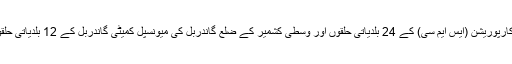
ذرائع کے مطابق سری نگر میونسپل کارپوریشن (ایس ایم سی) کے 24 بلدیاتی حلقوں اور وسطی کشمیر کے ضلع گاندربل کی میونسپل کمیٹی گاندربل کے 12 بلدیاتی حلقوں کے لئے ووٹنگ کا آغاز ہوگیا ہے۔